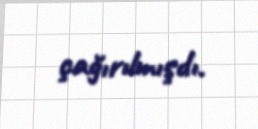
çağırılmışdı.